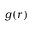
g ( r )